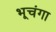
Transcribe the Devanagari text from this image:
भूचंगा